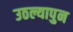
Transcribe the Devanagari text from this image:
उठल्यापुन